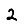
Digit: 2